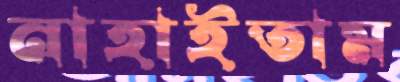
নাহাইতাম